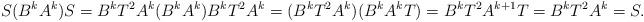
LaTeX: \begin{align*} S(B^k A^k) S&=B^k T^2 A^k(B^k A^k)B^k T^2 A^k=(B^k T^2 A^k)(B^k A^k T)=B^k T^2 A^{k+1}T=B^k T^2 A^k=S. \end{align*}